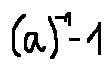
( a ) ^ { - 1 } - 1